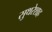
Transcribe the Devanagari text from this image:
सुथरेशाह